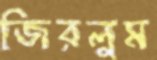
জিরলুম